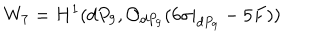
W _ { 7 } = H ^ { 1 } ( d P _ { 9 } , { \cal O } _ { d P _ { 9 } } ( 6 \sigma | _ { d P _ { 9 } } - 5 F ) )